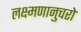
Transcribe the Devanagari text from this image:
लक्ष्मणानुचरो